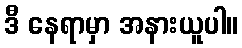
ဒီ နေရာမှာ အနားယူပါ။